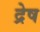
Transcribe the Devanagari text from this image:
द्रेष